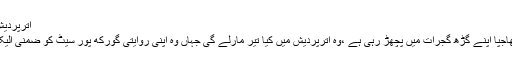
اترپردیش ہار رہی ہے بھاجپا
سوال یہ ہے کہ جو بھاجپا اپنے گڑھ گجرات میں پچھڑ رہی ہے ،وہ اترپردیش میں کیا تیر مارلے گی جہاں وہ اپنی روایتی گورکھ پور سیٹ کو ضمنی الیکشن میں ہارچکی ہے۔